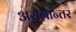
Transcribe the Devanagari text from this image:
असमान्तर